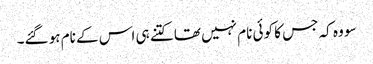
سو وہ کہ جس کا کوئی نام نہیں تھا کتنے ہی اس کے نام ہو گئے۔